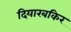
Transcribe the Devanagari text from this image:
दियारबकिर